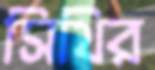
সিথির